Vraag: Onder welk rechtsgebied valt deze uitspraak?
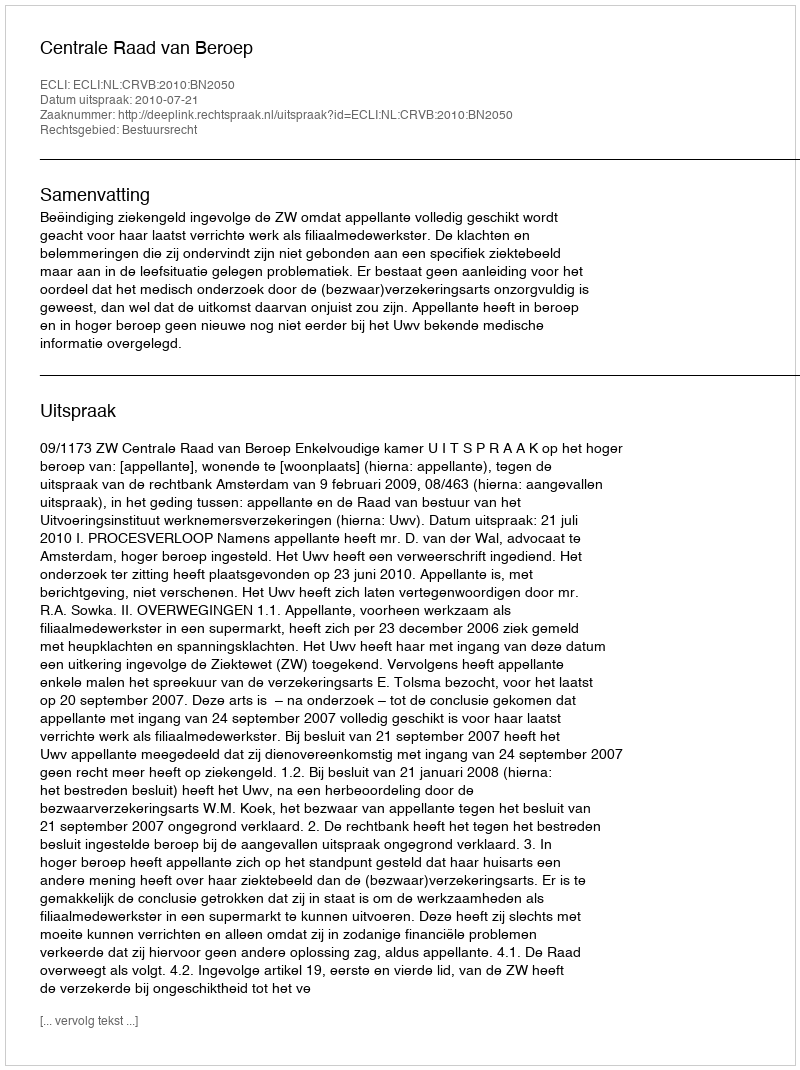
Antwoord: Bestuursrecht